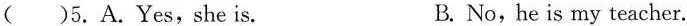
( )5.A.Yes,she is. B. No,he is my teacher.